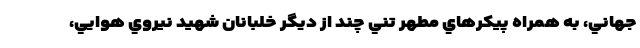
جهاني، به همراه پيكرهاي مطهر تني چند از ديگر خلبانان شهيد نيروي هوايي،